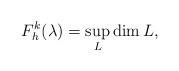
LaTeX: \begin{align*}F_h^k(\lambda) = \sup\limits_L\mbox{dim}\,L,\end{align*}